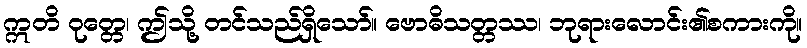
ဣတိ ဝုတ္တေ၊ ဤသို့ တင်သည်ရှိသော်။ ဗောဓိသတ္တဿ၊ ဘုရားလောင်း၏စကားကို။